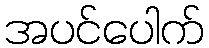
အပင်ပေါက်